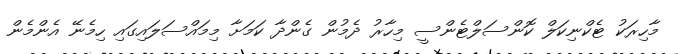
މާހިރަކު ޓެކްނިކަލް ކޮންސަލްޓެންސީ މިހާރު ދެމުން ގެންދާ ކަމަށާ މިމައްސަލައިގައި ހިމެނޭ އެންމެން